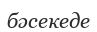
бәсекеде